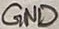
Text: GND